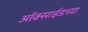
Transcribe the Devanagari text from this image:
ऑक्‍साईडच्या